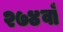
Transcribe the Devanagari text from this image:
२७४वाँ